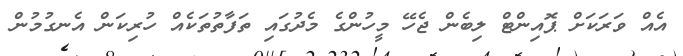
އެއް ވަރަކަށް ޕޮއިންޓް ލިބެން ޖެހޭ މީހުންގެ މެދުގައި ތަފާތުތަކެއް ހުރިކަން އެނގުމުން